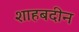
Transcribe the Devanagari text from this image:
शाहबदीन